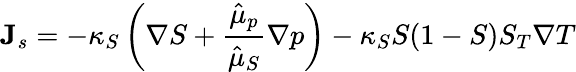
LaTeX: {\mathbf J}_{s}=-\kappa_{S}\left(\nabla S+\frac{\hat{\mu}_{p}}{\hat{\mu}_{S}}\nabla p\right)-\kappa_{S}S(1-S)S_{T}\nabla T